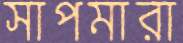
সাপমারা